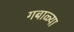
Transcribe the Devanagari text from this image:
गबाळ्या